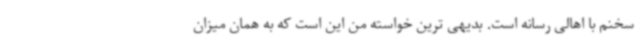
سخنم با اهالی رسانه است. بدیهی ترین خواسته من این است که به همان میزان